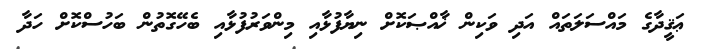
ޢަޤީދާގެ މައްސަލަތައް އަދި ވަކިން ޚާއްޞަކޮށް ނިޔާފުޅާއި މިންވަރުފުޅާއި ބެހޭގޮތުން ބަހުސްކޮށް ހަދާ